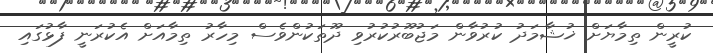
ކުރީން ތިމާޔަށް ޚުޝާމަދު ކުރުވާން މަޖުބޫރުކުރުވި ދޫތަކުންވެސް މިހާރު ތިމާއަށް އެކުރަނީ ފާޅުގައި